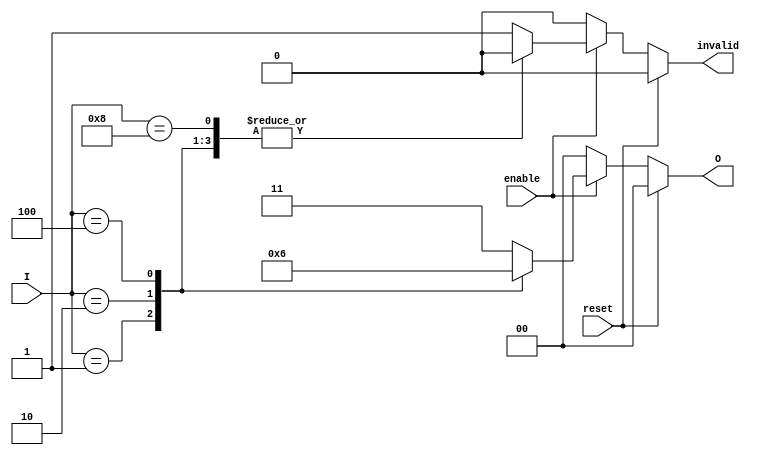
module relative_encoder (
    input wire [3:0] I,      // 4 input lines
    input wire enable,        // Enable signal
    input wire reset,         // Synchronous reset
    output reg [1:0] O,       // 2-bit output for encoding
    output reg invalid        // Invalid state output
);

    always @(*) begin
        if (reset) begin
            O = 2'b00;         // Reset output to known state
            invalid = 1'b0;    // Reset invalid flag
        end else if (!enable) begin
            O = 2'b00;         // If not enabled, output default state
            invalid = 1'b0;    // No invalid state
        end else begin
            case (I)
                4'b0001: begin O = 2'b00; invalid = 1'b0; end // I0 active
                4'b0010: begin O = 2'b01; invalid = 1'b0; end // I1 active
                4'b0100: begin O = 2'b10; invalid = 1'b0; end // I2 active
                4'b1000: begin O = 2'b11; invalid = 1'b0; end // I3 active
                default: begin
                    O = 2'b11; // Invalid state output
                    invalid = 1'b1; // Set invalid flag
                end
            endcase
        end
    end

endmodule